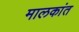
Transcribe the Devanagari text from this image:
मालकांत